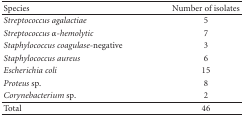
<table><thead><tr><td><b> Species</b></td><td><b>Number of isolates</b></td></tr></thead><tbody><tr><td><i>Streptococcus agalactiae</i></td><td>5</td></tr><tr><td><i>Streptococcus α</i><i>-hemolytic </i></td><td>7</td></tr><tr><td><i>Staphylococcus coagulase-</i>negative</td><td>3</td></tr><tr><td><i>Staphylococcus aureus</i></td><td>6</td></tr><tr><td><i>Escherichia coli</i></td><td>15</td></tr><tr><td><i>Proteus </i>sp.</td><td>8</td></tr><tr><td><i>Corynebacterium</i> sp.</td><td>2</td></tr><tr><td>Total</td><td>46</td></tr></tbody></table>